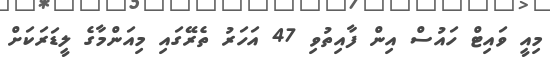
މިއީ ވައިޓް ހައުސް އިން ފާއިތުވި 47 އަހަރު ތެރޭގައި މިއަންމާގެ ލީޑަރަކަށް